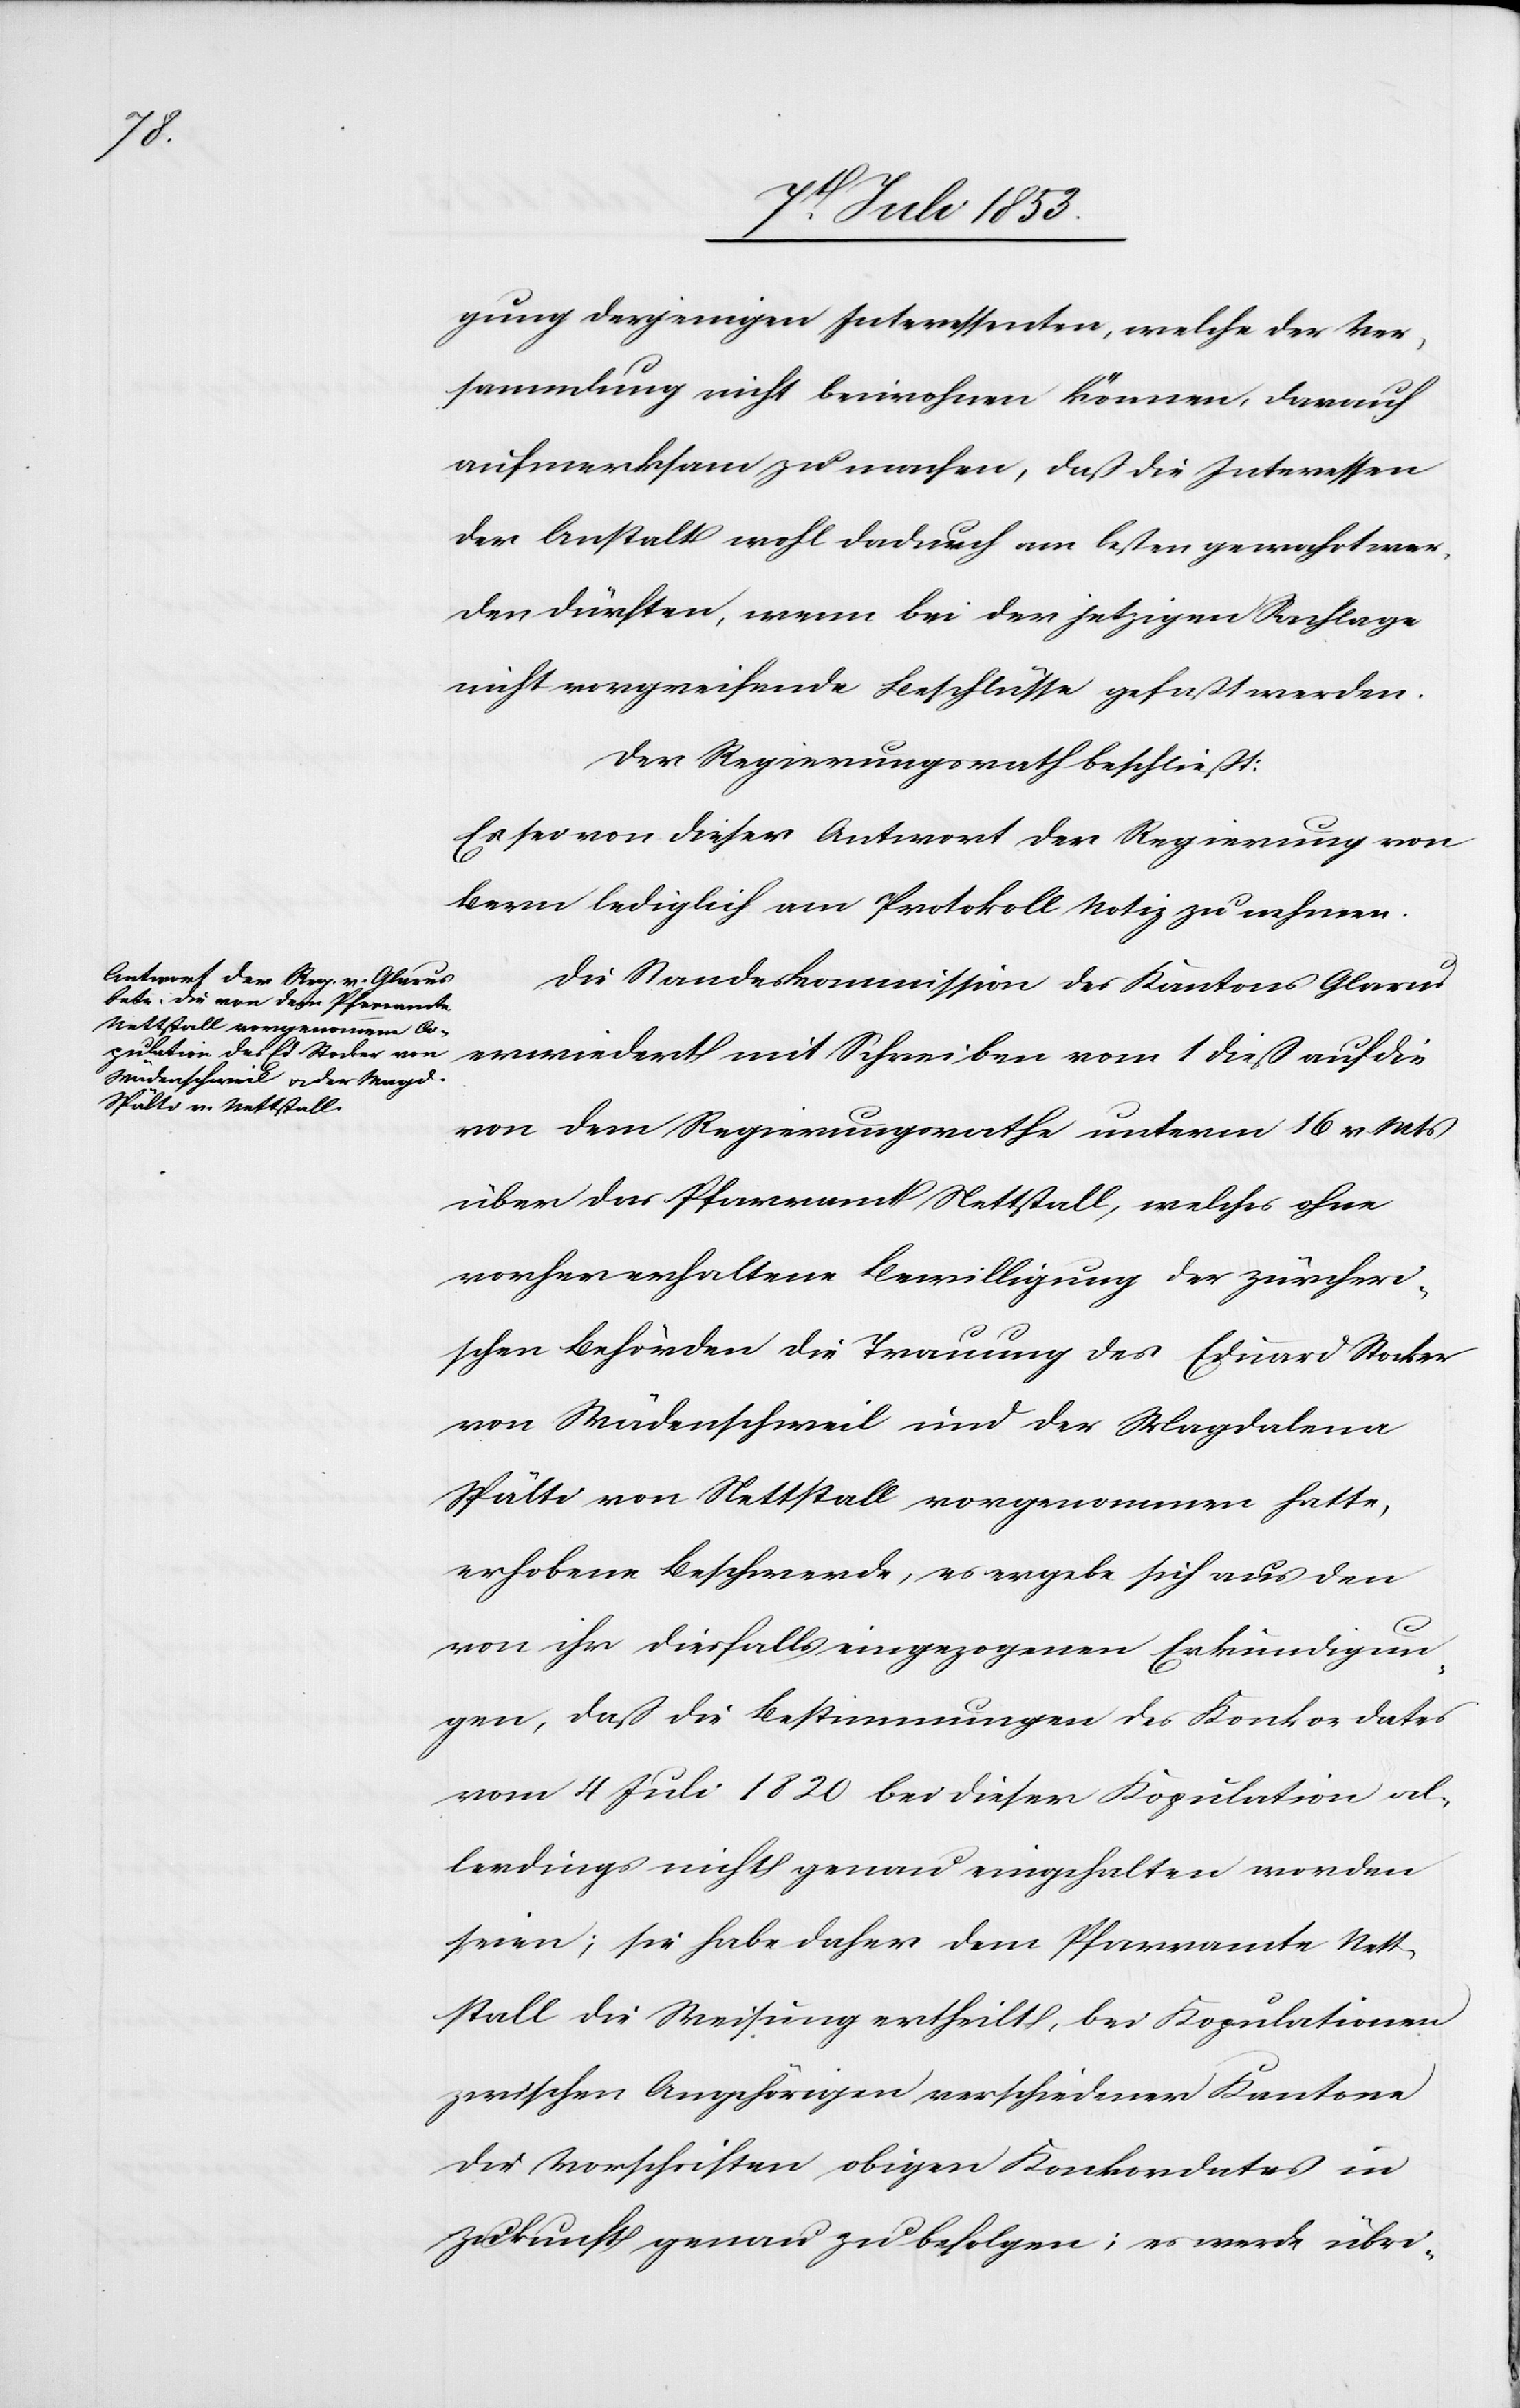
gung derjenigen Interessenten, welche der Ver¬
sammlung nicht beiwohnen können, darauf
aufmerksam zu machen, daß die Interessen
der Anstalt wohl dadurch am besten gewahrt wer¬
den dürften, wenn bei der jetzigen Sachlage
nicht vorgezeichnete Beschlüsse gefaßt werden.
Der Regierungsrath beschließt:
Es sei von dieser Antwort der Regierung von
Bern lediglich am Protokoll Notiz zu nehmen.
Die Standeskommission des Kantons Glarus
erwiedert mit Schreiben vom 1 dieß auf die
von dem Regierungsrathe unterm 16 v. Mts.
über das Pfarramt Nettstall, welches ohne
vorher erhaltene Bewilligung der zürcheri¬
schen Behörden die Trauung des Eduard Stocker
von Wädenschweil und der Magdalena
Spälti von Nettstall vorgenommen hatte,
erhobene Beschwerde, es ergebe sich aus den
von ihr diesfalls eingezogenen Erkundigun¬
gen, daß die Bestimmungen des Konkordates
vom 4 Juli 1820 bei dieser Kopulation al¬
lerdings nicht genau eingehalten worden
seien; sie habe daher dem Pfarramte Nett¬
stall die Weisung ertheilt, bei Kopulationen
zwischen Angehörigen verschiedener Kantone
die Vorschriften obigen Konkordates in
Zukunft genau zu befolgen; es werde übri-